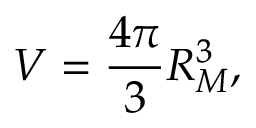
V = \frac { 4 \pi } { 3 } R _ { M } ^ { 3 } ,